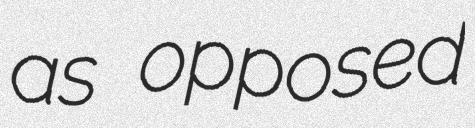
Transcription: as opposed